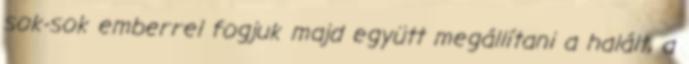
sok-sok emberrel fogjuk majd együtt megállítani a halált, a